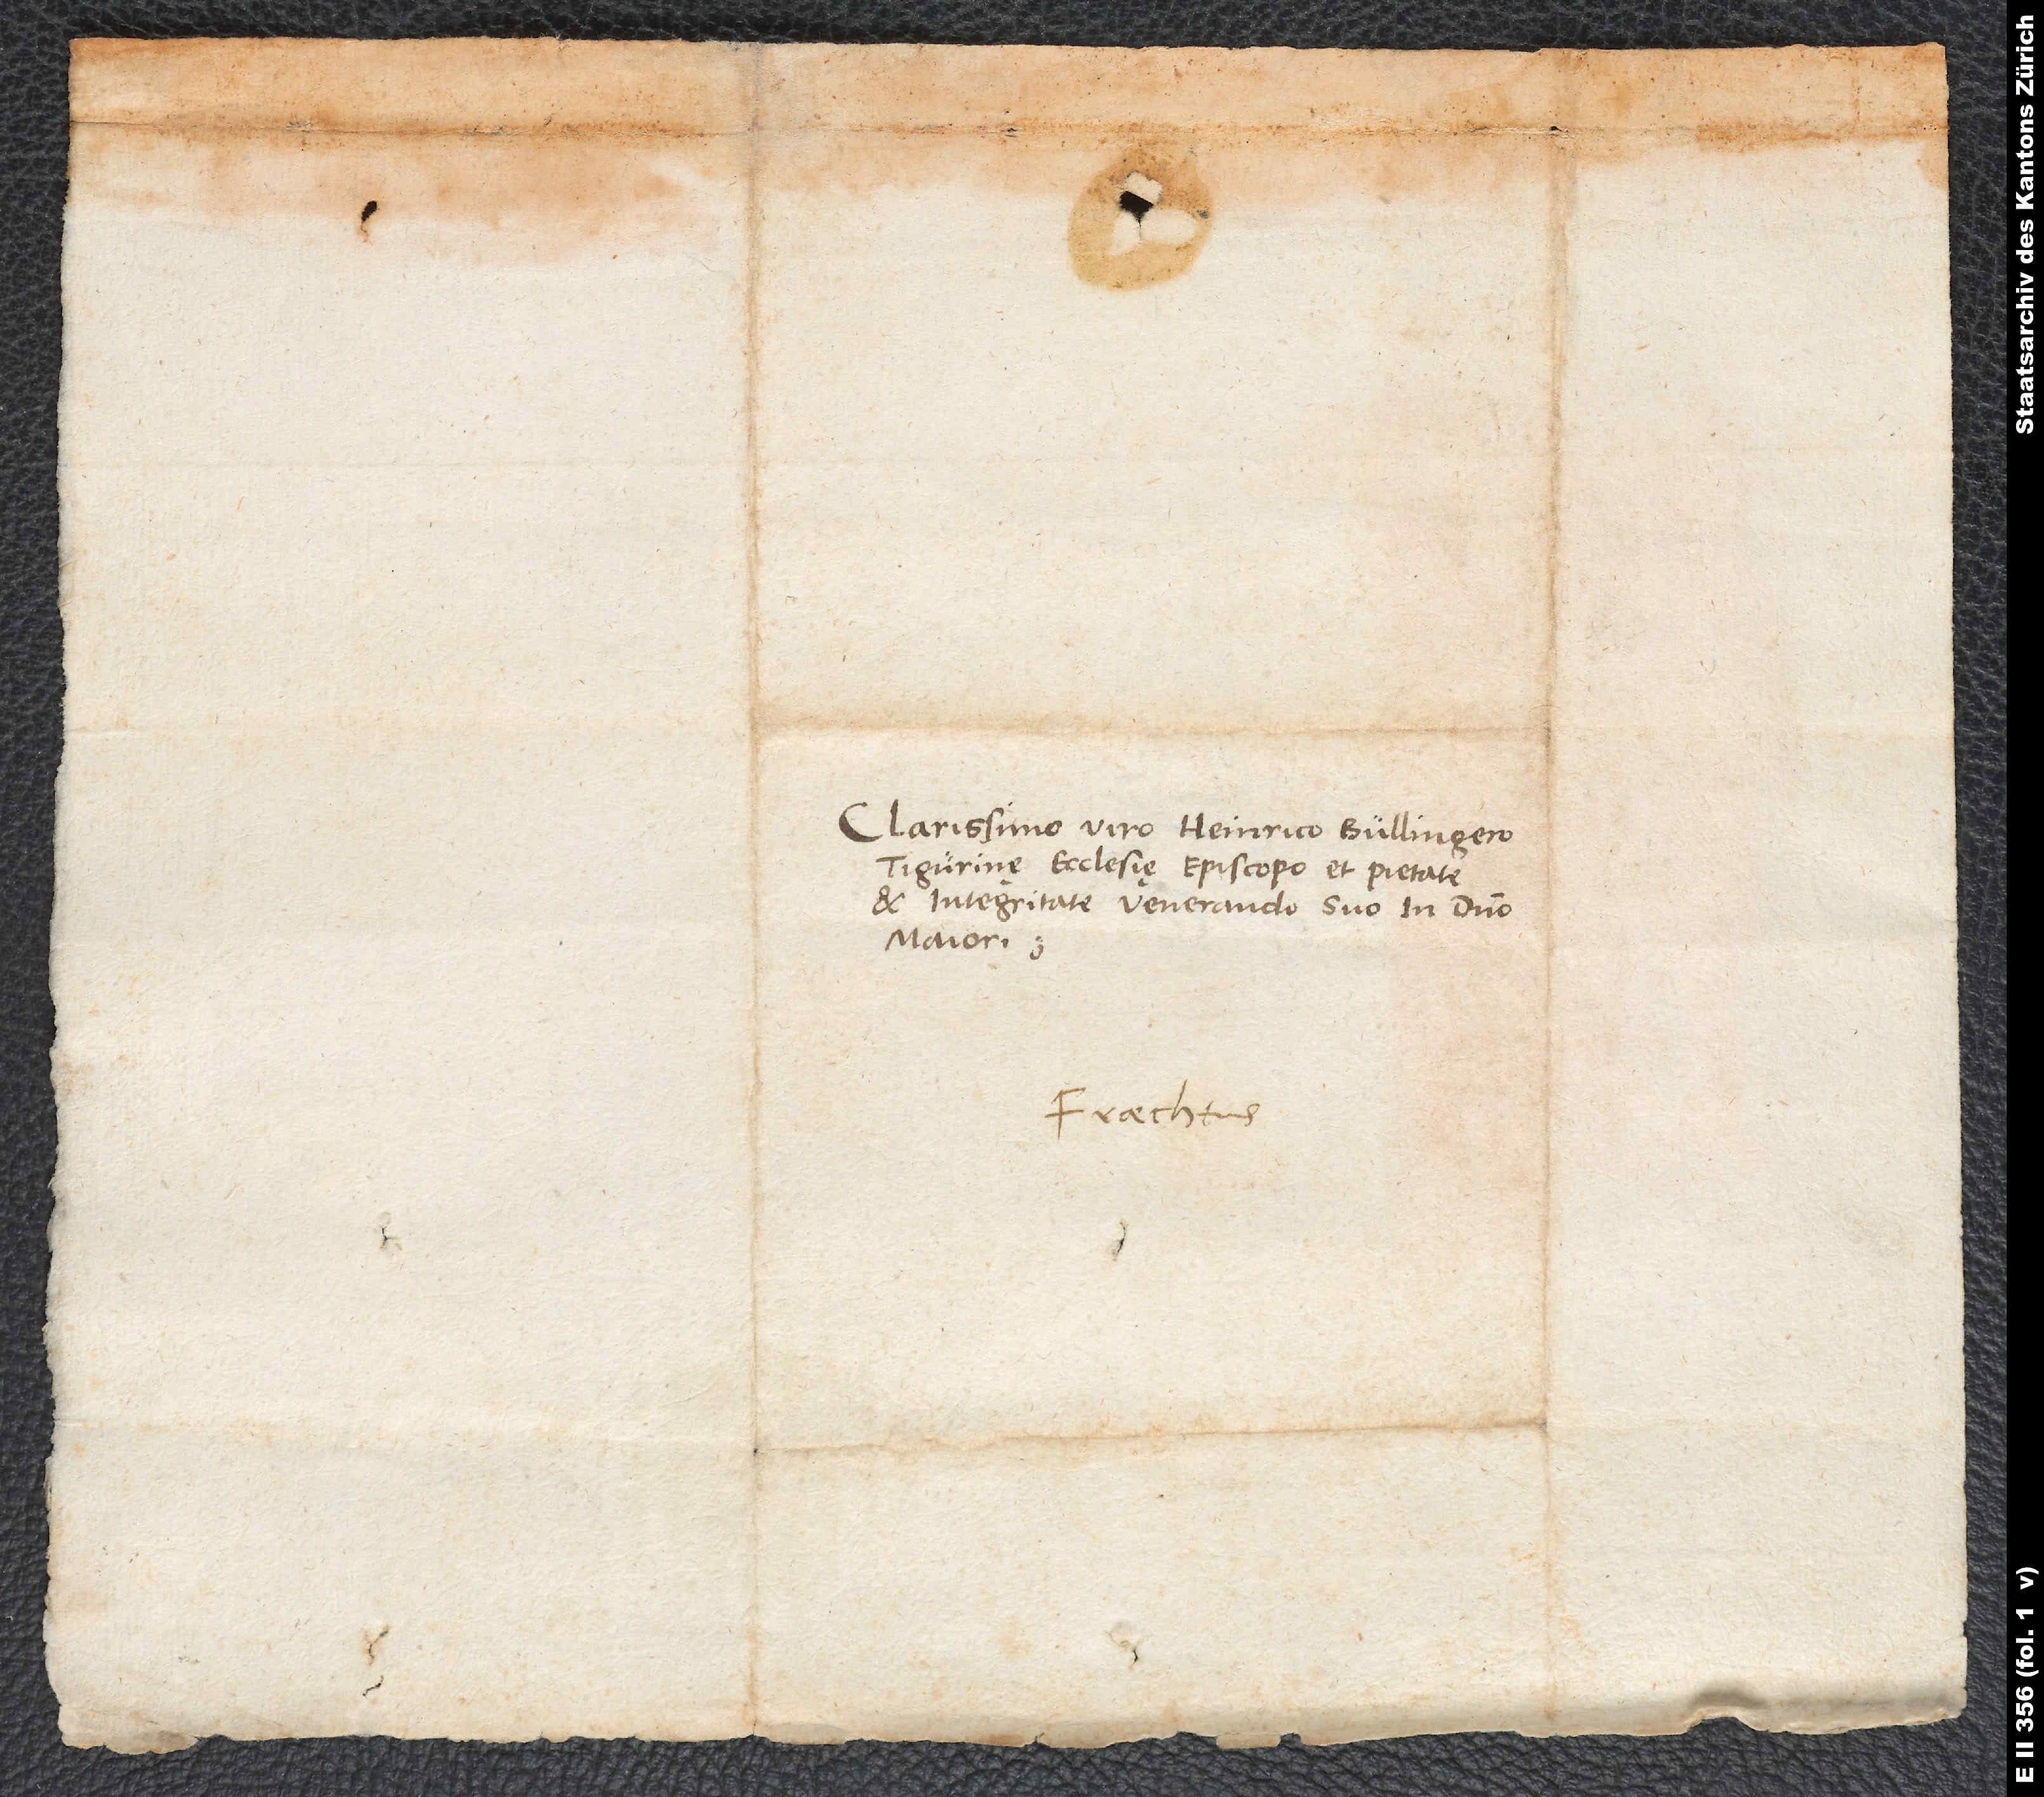
Clarissimo viro Heinrico Bullingero,
Tigurinę ecclesię episcopo et pietate
et integritate venerando suo in domino
maiori.
Frechtus.